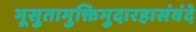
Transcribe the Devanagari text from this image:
भूसुतामुक्तिमुदारहासंवंदे